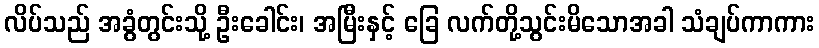
လိပ်သည် အခွံတွင်းသို့ ဦးခေါင်း၊ အမြီးနှင့် ခြေ လက်တို့သွင်းမိသောအခါ သံချပ်ကာကား